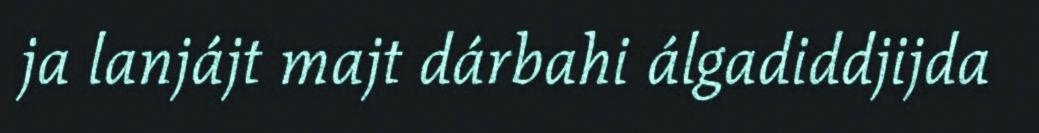
ja lanjájt majt dárbahi álgadiddjijda